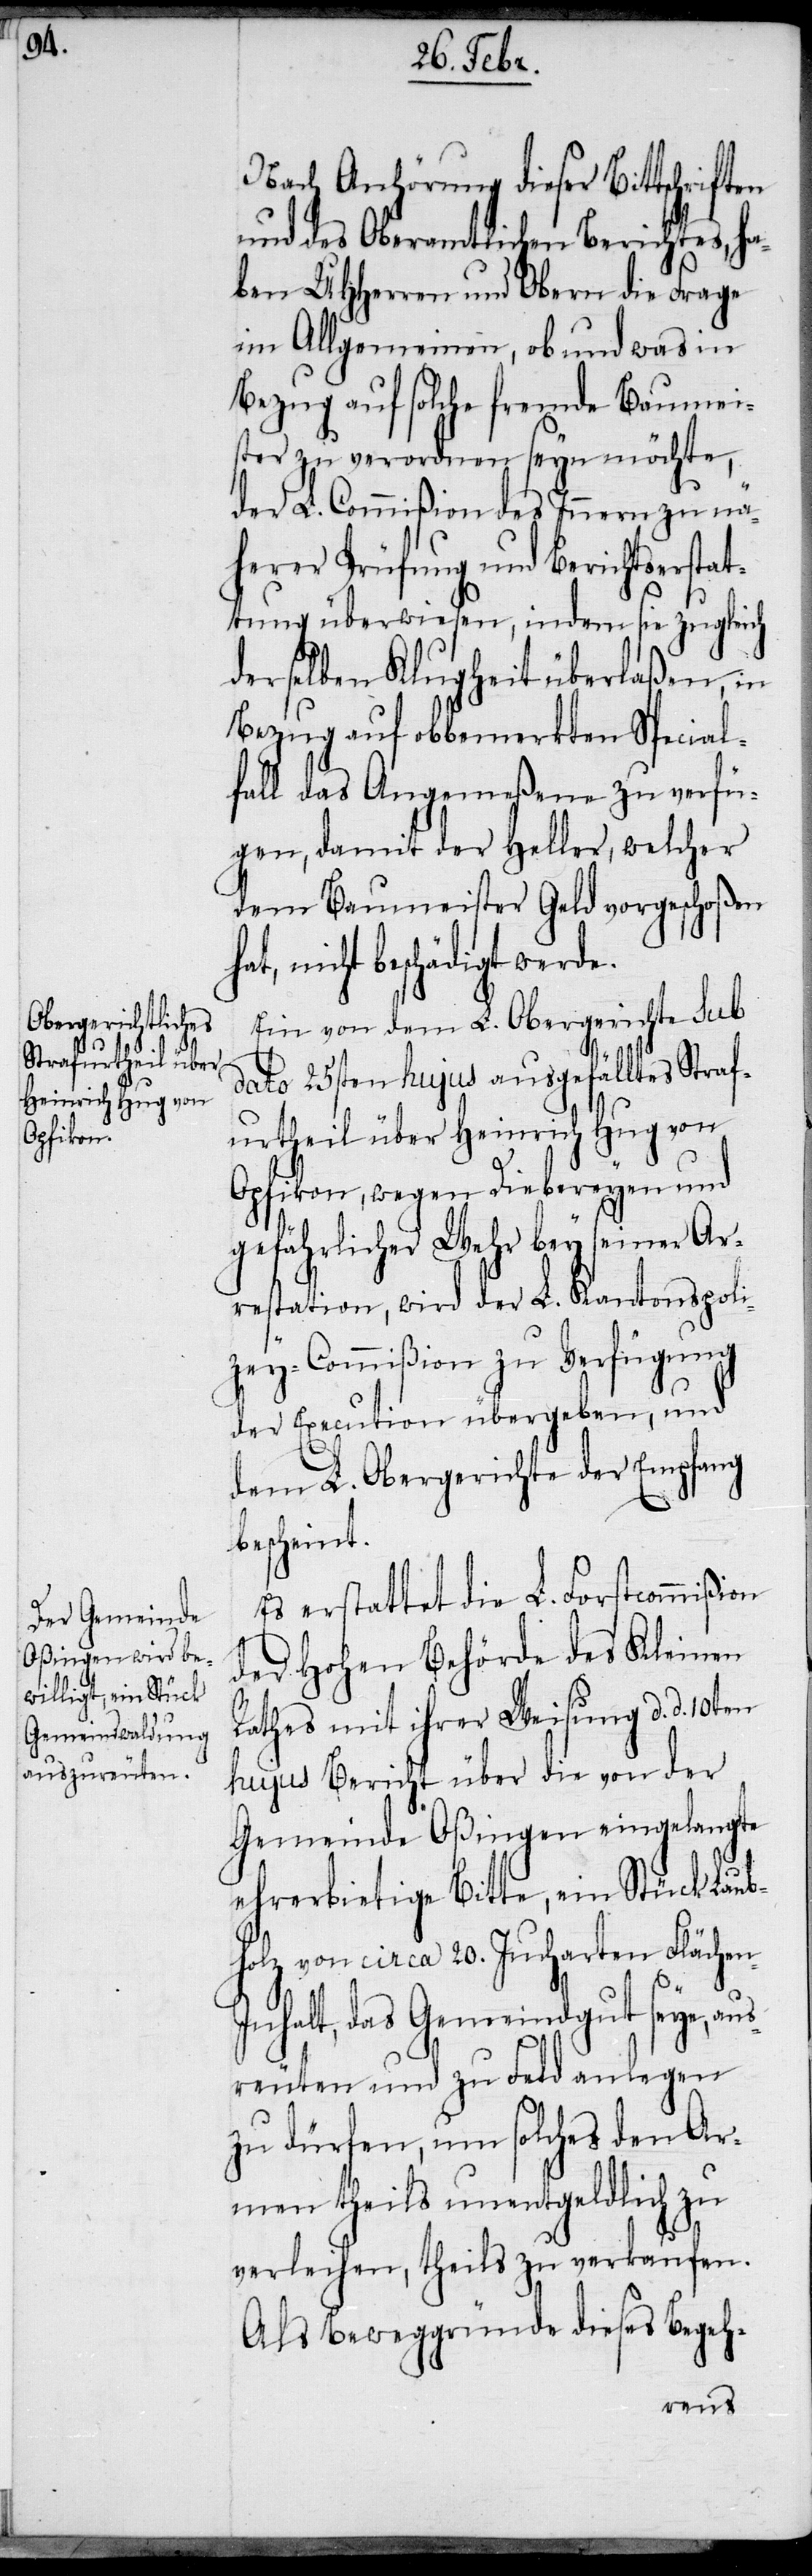
n-I¬

Nach Anhörung dieser Bittschriften
und des Oberamtlichen Berichtes, ha¬
ben UHHerren und Obern die Frage
im Allgemeinen, ob und was in
Bezug auf solche fremde Baumei¬
ster zu verordnen seyn möchte,
der L. Commißion des Innern zu nä¬
herer Prüfung und Berichtsersta¬
ttung überwiesen, indem sie zugleich
derselben Klugheit überlaßen, in
Bezug auf obbemerkten Special¬
fall das Angemeßene zu verfü¬
gen, damit der Heller, welcher
dem Baumeister Geld vorgeschoßen
ht beschädigt werde.
Ein von dem L. Obergerichte sub
dato 25sten hujus ausgefälltes Straf¬
urtheil über Heinrich Hug von
Opfikon, wegen Diebereyen und
gefährlicher Wehr bey seiner Ar¬
restation, wird der L. Kantonspoli¬
zey-Commißion zu Verfügung
der Execution übergeben, und
dem L. Obergerichte der Empfang
bescheint.
Es erstattet die L. Forstcommißion
der Hohen Behörde des Kleinen
Rathes mit ihrer Weisung d. d. 10ten
hujus Bericht über die von der
Gemeinde Oßingen eingelangte
ehrerbietige Bitte, ein Stück Laub¬
holz von circa 20. Jucharten Fläche¬
nhalt, das Gemeindgut seye, aus¬
reuten und zu Feld anlegen
zu dürfen, um solches den Ar¬
men theils unentgeldlich zu
verleihen, theils zu verkaufen.
Als Beweggründe dieses Begeh-